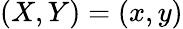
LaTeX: (X,Y)=(x,y)